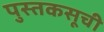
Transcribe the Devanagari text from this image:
पुस्तकसूची